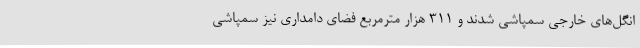
انگل‌های خارجی سمپاشی شدند و ۳۱۱ هزار مترمربع فضای دامداری نیز سمپاشی